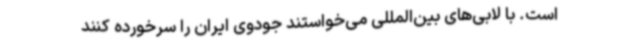
است. با لابی‌های بین‌المللی می‌خواستند جودوی ایران را سرخورده کنند